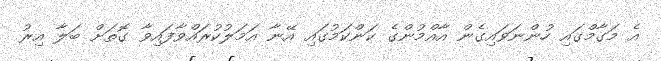
އެ މަގާމްގައި ހުންނަވައިގެން އާއްމުންގެ ކަންކަމުގައި އޭނާ އަމަލުކުރައްވާފައިވާ ގޮތަށް ބަލާ އިރު